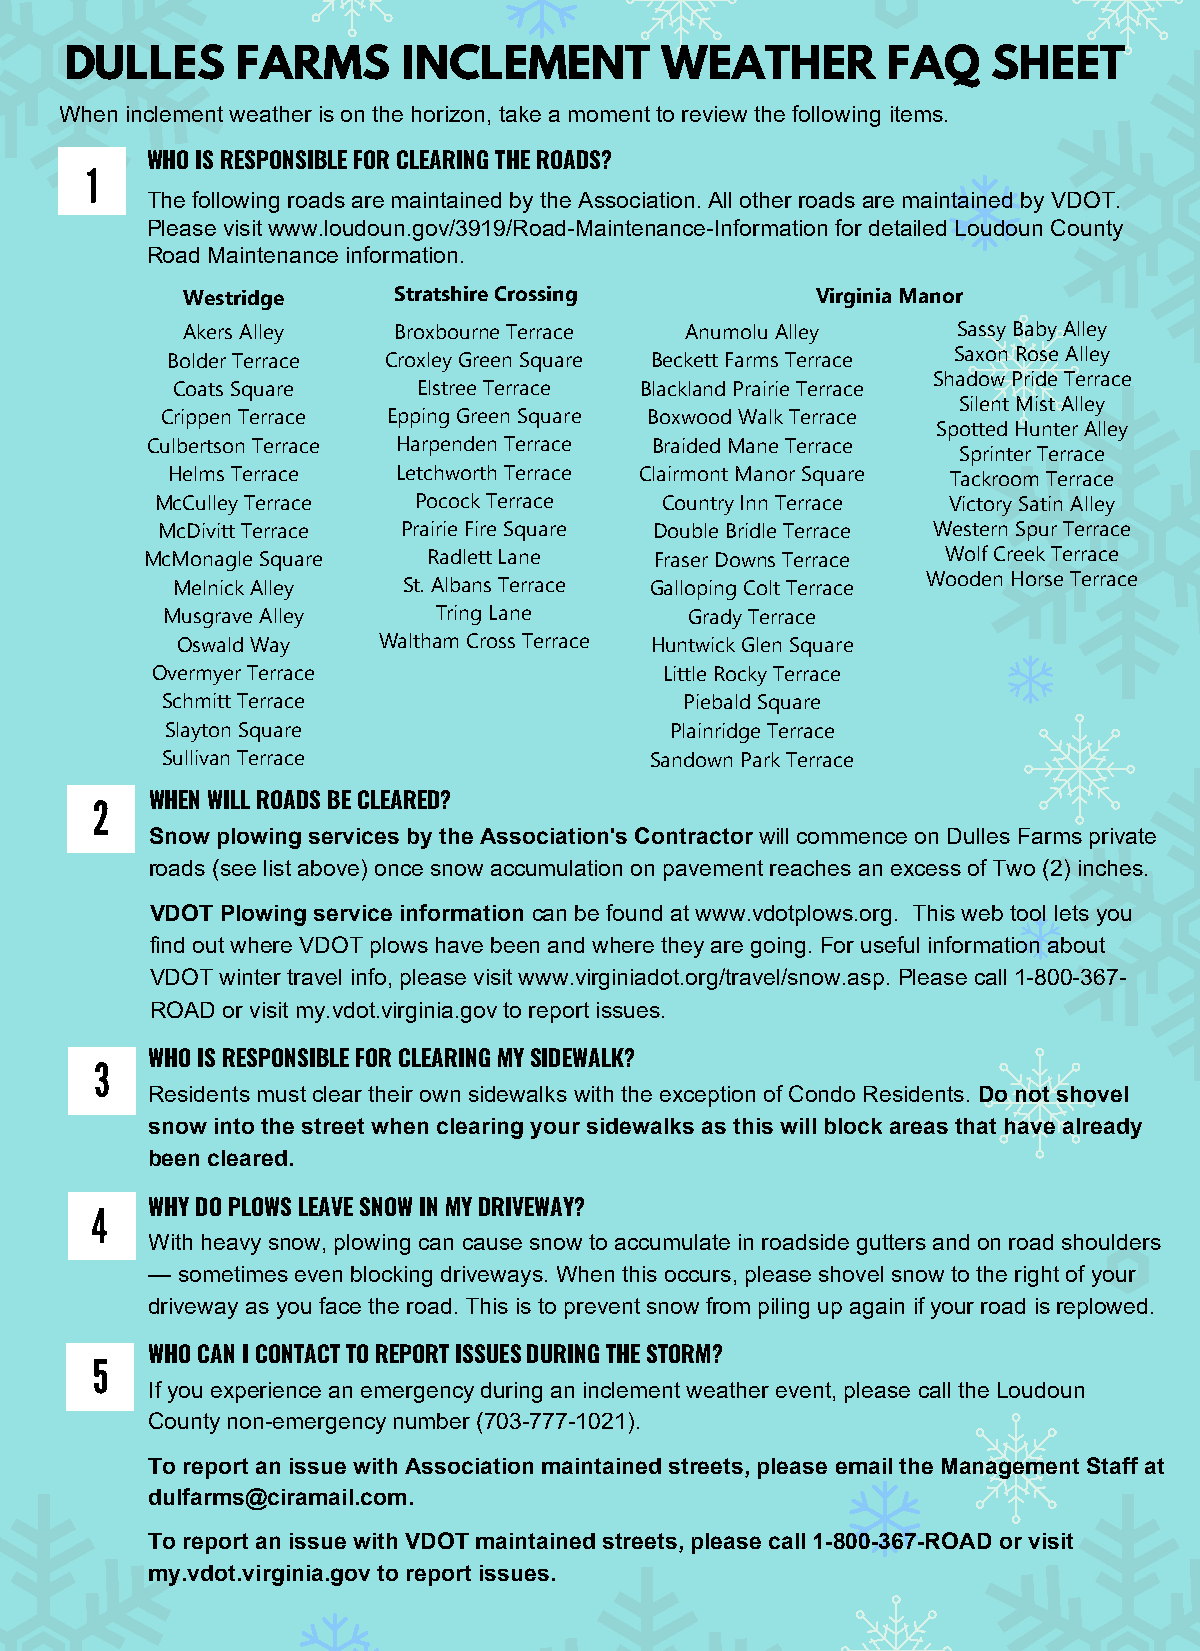
DULLES      FARMS      INCLEMENT        WEATHER        FAQ    SHEET
 When inclement weather is on the horizon, take a moment to review the following items.
 1   WHO IS RESPONSIBLE FOR CLEARING THE ROADS?
 The following roads are maintained by the Association. All other roads are maintained by VDOT.
 Please visit www.loudoun.gov/3919/Road-Maintenance-Information for detailed Loudoun County
 Road Maintenance information.
 Westridge     Stratshire Crossing         Virginia Manor
 Akers Alley   Broxbourne Terrace Anumolu Alley     Sassy Baby Alley
 Bolder Terrace Croxley Green Square Beckett Farms Terrace Saxon Rose Alley
 Shadow Pride Terrace
 Coats Square     Elstree Terrace Blackland Prairie Terrace
 Silent Mist Alley
 Crippen Terrace Epping Green Square Boxwood Walk Terrace
 Spotted Hunter Alley
 Culbertson Terrace Harpenden Terrace Braided Mane Terrace
 Sprinter Terrace
 Helms Terrace  Letchworth Terrace Clairmont Manor Square Tackroom Terrace
 McCulley Terrace Pocock Terrace   Country Inn Terrace Victory Satin Alley
 McDivitt Terrace Prairie Fire Square Double Bridle Terrace Western Spur Terrace
 McMonagle Square  Radlett Lane   Fraser Downs Terrace Wolf Creek Terrace
 Melnick Alley   St. Albans Terrace Galloping Colt Terrace Wooden Horse Terrace
 Musgrave Alley    Tring Lane       Grady Terrace
 Oswald Way   Waltham Cross Terrace Huntwick Glen Square
 Overmyer Terrace                  Little Rocky Terrace
 Schmitt Terrace                   Piebald Square
 Slayton Square                   Plainridge Terrace
 Sullivan Terrace                Sandown Park Terrace
 2   WHEN WILL ROADS BE CLEARED?
 Snow plowing services by the Association's Contractor will commence on Dulles Farms private
 roads (see list above) once snow accumulation on pavement reaches an excess of Two (2) inches.
 VDOT Plowing service information can be found at www.vdotplows.org. This web tool lets you
 find out where VDOT plows have been and where they are going. For useful information about
 VDOT winter travel info, please visit www.virginiadot.org/travel/snow.asp. Please call 1-800-367-
 ROAD or visit my.vdot.virginia.gov to report issues.
 3   WHO IS RESPONSIBLE FOR CLEARING MY SIDEWALK?
 Residents must clear their own sidewalks with the exception of Condo Residents. Do not shovel
 snow into the street when clearing your sidewalks as this will block areas that have already
 been cleared.
 4   WHY DO PLOWS LEAVE SNOW IN MY DRIVEWAY?
 With heavy snow, plowing can cause snow to accumulate in roadside gutters and on road shoulders
 — sometimes even blocking driveways. When this occurs, please shovel snow to the right of your
 driveway as you face the road. This is to prevent snow from piling up again if your road is replowed.
 5   WHO CAN I CONTACT TO REPORT ISSUES DURING THE STORM?
 If you experience an emergency during an inclement weather event, please call the Loudoun
 County non-emergency number (703-777-1021).
 To report an issue with Association maintained streets, please email the Management Staff at
 dulfarms@ciramail.com.
 To report an issue with VDOT maintained streets, please call 1-800-367-ROAD or visit
 my.vdot.virginia.gov to report issues.